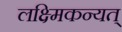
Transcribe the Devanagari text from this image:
लक्ष्मिकन्यत्